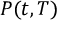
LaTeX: \textstyle P ( t , T )